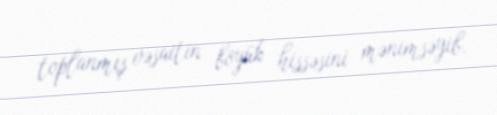
toplanmış vəsaitin böyük hissəsini mənimsəyib.